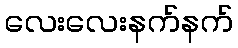
လေးလေးနက်နက်